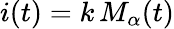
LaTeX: i(t)=k\, M_{\alpha}(t)